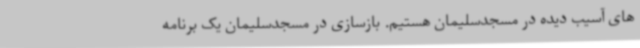
های آسیب دیده در مسجدسلیمان هستیم. بازسازی در مسجدسلیمان یک برنامه